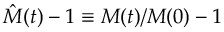
\hat { M } ( t ) - 1 \equiv M ( t ) / M ( 0 ) - 1